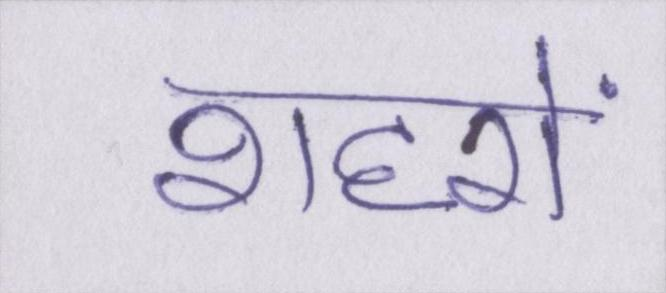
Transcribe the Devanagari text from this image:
शहरों